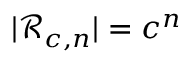
| { \mathcal { R } } _ { c , n } | = c ^ { n }